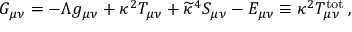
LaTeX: G _ { \mu \nu } = - \Lambda g _ { \mu \nu } + \kappa ^ { 2 } T _ { \mu \nu } + \widetilde { \kappa } ^ { 4 } S _ { \mu \nu } - { \cal E } _ { \mu \nu } \equiv \kappa ^ { 2 } T _ { \mu \nu } ^ { \mathrm { t o t } } \, ,